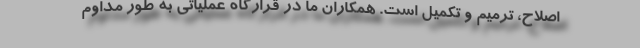
اصلاح، ترمیم و تکمیل است. همکاران ما در قرارگاه عملیاتی به طور مداوم